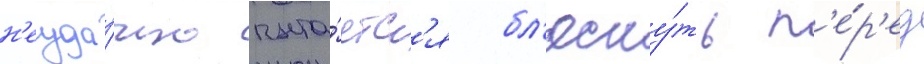
н'еуда́чно пыта́етс'я бл'есну́ть п'е́р'ед